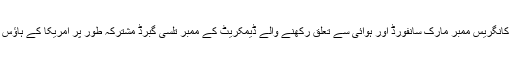
ساؤتھ کیرولائنا سے تعلق رکھنے والے ریپبلکن کے کانگریس ممبر مارک سانفورڈ اور ہوائی سے تعلق رکھنے والے ڈیمکریٹ کے ممبر تلسی گبرڈ مشترکہ طور پر امریکا کے ہاؤس آف رپریزنٹیٹو میں قانون سازی متعارف کرائیں گے۔